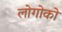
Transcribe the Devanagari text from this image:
लोगोको